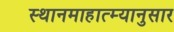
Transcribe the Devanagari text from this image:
स्थानमाहात्म्यानुसार